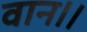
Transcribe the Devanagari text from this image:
वान।।